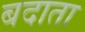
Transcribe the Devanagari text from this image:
बदाता